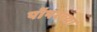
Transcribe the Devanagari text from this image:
पॉपरच्या